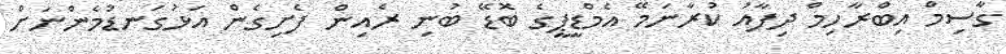
ގާސިމް އިބްރާހިމް ދިފާއު ކުރާނަމޭ އެމްޑީޕީގެ ބޮޑޭ ބުނި ރެއިން ފެށިގެން އަޅުގަނޑުމެންނަށް